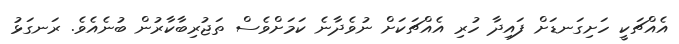
އެއްޗަކީ ހަށިގަނޑަށް ފައިދާ ހުރި އެއްޗަކަށް ނުވެދާނެ ކަމަށްވެސް ތަޖުރިބާކާރުން ބުނެއެވެ. ރަނގަޅު